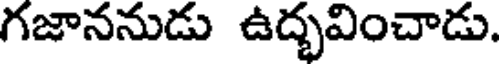
గజాననుడు ఉద్భవించాడు.